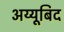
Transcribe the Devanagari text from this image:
अय्यूबिद